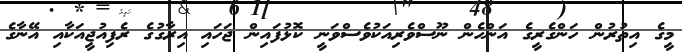
މީގެ އިތުރުން ހަންގެރީގެ އަންހެން ނޫސްވެރިއަކުވެސްވަނީ ކޮޅުފައިން ޖަހައި އިރާގުގެ ރެފިއުޖީއަކާއި އޭނާގެ